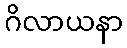
ဂိလာယနာ